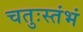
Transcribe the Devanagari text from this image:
चतुःस्तंभं